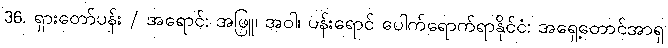
36. ရှားတော်ပန်း / အရောင်: အဖြူ၊ အဝါ၊ ပန်းရောင် ပေါက်ရောက်ရာနိုင်ငံ: အရှေ့တောင်အာရှ